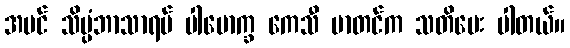
အပင် သိပ္ပံဘာသာရပ် ပါမောက္ခ ကေသီ မာတင်က သတိပေး ပါတယ်။